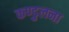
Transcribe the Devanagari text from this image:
कण्डुलना